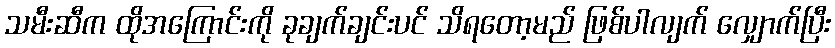
သမီးဆီက ထိုအကြောင်းကို ခုချက်ချင်းပင် သိရတော့မည် ဖြစ်ပါလျက် လျှောက်ပြီး